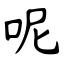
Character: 呢